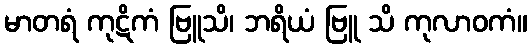
မာတရံ ကုဋိကံ ဗြူသိ၊ ဘရိယံ ဗြူ သိ ကုလာဝကံ။